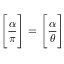
{ \Bigg [ } { \frac { \alpha } { \pi } } { \Bigg ] } = { \Bigg [ } { \frac { \alpha } { \theta } } { \Bigg ] }